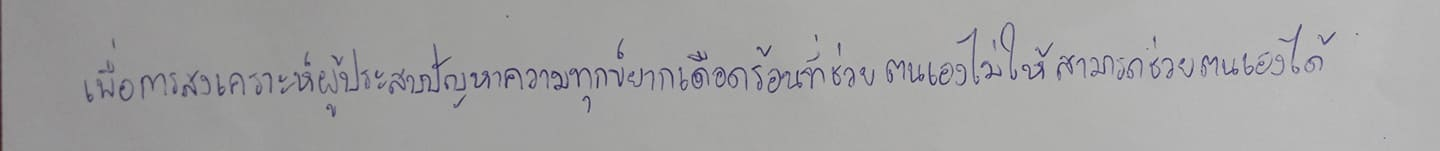
เพื่อการสงเคราะห์ผู้ประสบปัญหาความทุกข์ยากเดือดร้อนที่ช่วยตนเองไม่ได้ให้สามารถช่วยตนเองได้